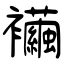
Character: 襺